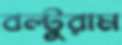
বল্টুরাম